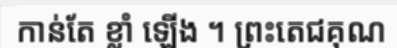
កាន់តែ ខ្លាំ ឡើង ។ ព្រះតេជគុណ